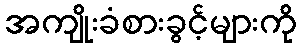
အကျိုးခံစားခွင့်များကို